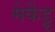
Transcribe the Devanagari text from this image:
मेकेंड्रू